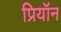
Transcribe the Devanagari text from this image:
प्रियॉन